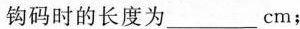
钩码时的长度为___cm；